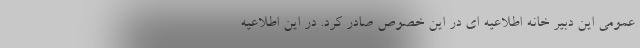
عمومی این دبیر خانه اطلاعیه ای در این خصوص صادر کرد. در این اطلاعیه